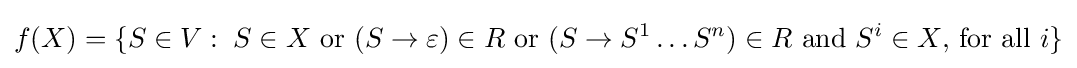
f(X)=\{S\in V:\;S\in X{\text{ or }}(S\to \varepsilon )\in R{\text{ or }}(S\to S^{1}\dots S^{n})\in R{\text{ and }}S^{i}\in X{\text{, for all }}i\}